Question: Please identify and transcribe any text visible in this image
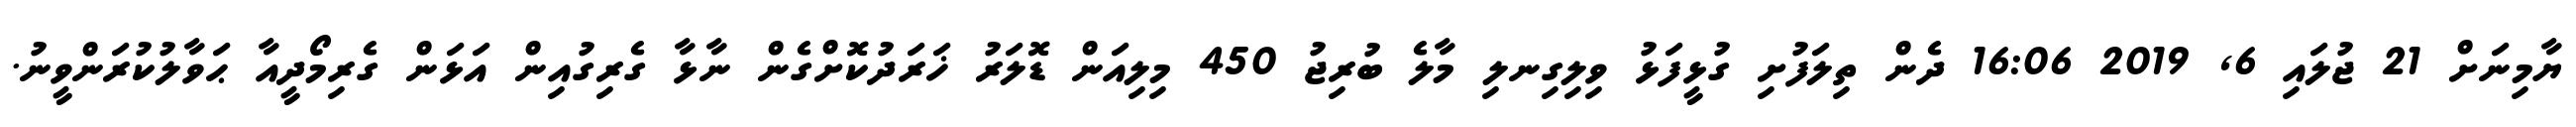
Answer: ޔާމިނަށް 21 ޖުލައި 6, 2019 16:06 ދެން ތިލަފުށި ގުޅީފަޅު ވިލިގިނލި މާލެ ބުރިޖު 450 މިލިއަން ޑޮލަރު ޚަރަދުކޮށްގެން ނާޅާ ގެރިގުއިން އަޅަން ގެރިމޯދީއާ ޙަވާލުކުރަންވީނު.